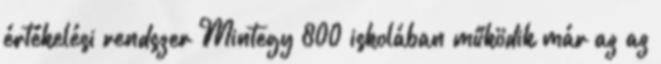
értékelési rendszer Mintegy 800 iskolában működik már az az